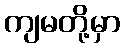
ကျမတို့မှာ